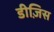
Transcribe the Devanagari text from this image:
डीज़िस